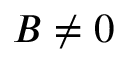
B \neq 0